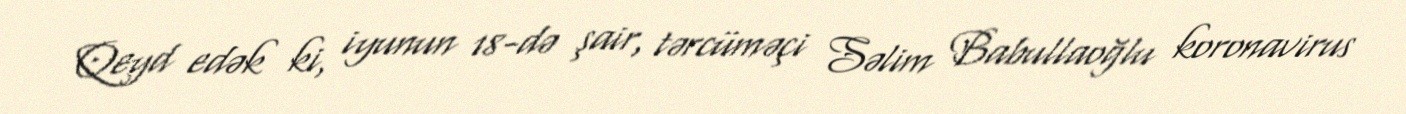
Qeyd edək ki, iyunun 18-də şair, tərcüməçi Səlim Babullaoğlu koronavirus